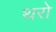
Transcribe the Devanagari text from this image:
थरो